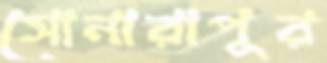
সোনারাপুর